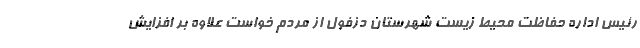
رئیس اداره حفاظت محیط زیست شهرستان دزفول از مردم خواست علاوه بر افزایش